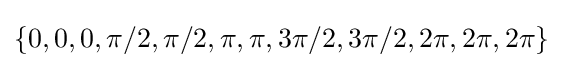
\{0,0,0,\pi /2,\pi /2,\pi ,\pi ,3\pi /2,3\pi /2,2\pi ,2\pi ,2\pi \}